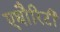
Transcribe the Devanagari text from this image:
एथौरिटी